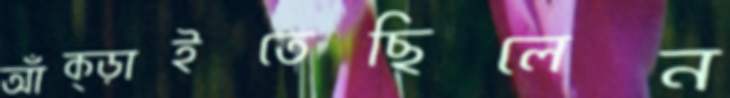
আঁক্‌ড়াইতেছিলেন